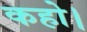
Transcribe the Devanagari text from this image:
कहो।